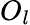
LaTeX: O_{l}